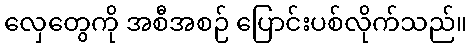
လှေတွေကို အစီအစဉ် ပြောင်းပစ်လိုက်သည်။